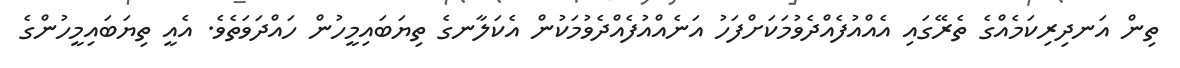
ތިން އަނދިރިކަމެއްގެ ތެރޭގައި އެއްއުފެއްދެވުމަކަށްފަހު އަނެއްއުފެއްދެވުމަކުން އެކަލާނގެ ތިޔަބައިމީހުން ހައްދަވަތެވެ. އެއީ ތިޔަބައިމީހުންގެ